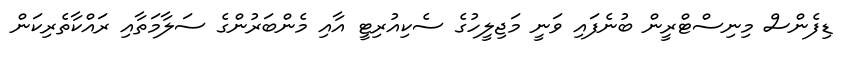
ޑިފެންސް މިނިސްޓްރީން ބުނެފައި ވަނީ މަޖިލީހުގެ ސެކިއުރިޓީ އާއި މެންބަރުންގެ ސަލާމަތާއި ރައްކާތެރިކަން